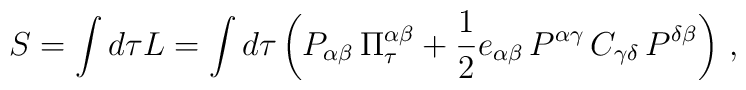
S=\int d\tau L = \int d\tau \left(P_{\alpha\beta}\,  \Pi_\tau^{\alpha\beta} +{1\over 2}e_{\alpha\beta}\,  P^{\alpha\gamma} \, C_{\gamma\delta}\, P^{\delta\beta}\right)\, ,